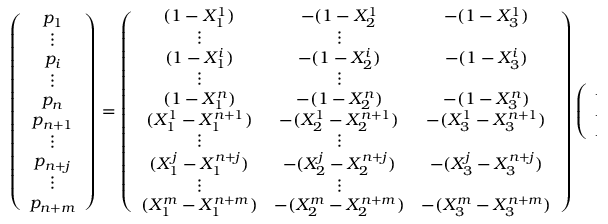
\left( \begin{array} { c } { p _ { 1 } } \\ { \vdots } \\ { p _ { i } } \\ { \vdots } \\ { p _ { n } } \\ { p _ { n + 1 } } \\ { \vdots } \\ { p _ { n + j } } \\ { \vdots } \\ { p _ { n + m } } \end{array} \right) = \left( \begin{array} { c c c } { ( 1 - X _ { 1 } ^ { 1 } ) } & { - ( 1 - X _ { 2 } ^ { 1 } } & { - ( 1 - X _ { 3 } ^ { 1 } ) } \\ { \vdots } & { \vdots } \\ { ( 1 - X _ { 1 } ^ { i } ) } & { - ( 1 - X _ { 2 } ^ { i } ) } & { - ( 1 - X _ { 3 } ^ { i } ) } \\ { \vdots } & { \vdots } \\ { ( 1 - X _ { 1 } ^ { n } ) } & { - ( 1 - X _ { 2 } ^ { n } ) } & { - ( 1 - X _ { 3 } ^ { n } ) } \\ { ( X _ { 1 } ^ { 1 } - X _ { 1 } ^ { n + 1 } ) } & { - ( X _ { 2 } ^ { 1 } - X _ { 2 } ^ { n + 1 } ) } & { - ( X _ { 3 } ^ { 1 } - X _ { 3 } ^ { n + 1 } ) } \\ { \vdots } & { \vdots } \\ { ( X _ { 1 } ^ { j } - X _ { 1 } ^ { n + j } ) } & { - ( X _ { 2 } ^ { j } - X _ { 2 } ^ { n + j } ) } & { - ( X _ { 3 } ^ { j } - X _ { 3 } ^ { n + j } ) } \\ { \vdots } & { \vdots } \\ { ( X _ { 1 } ^ { m } - X _ { 1 } ^ { n + m } ) } & { - ( X _ { 2 } ^ { m } - X _ { 2 } ^ { n + m } ) } & { - ( X _ { 3 } ^ { m } - X _ { 3 } ^ { n + m } ) } \end{array} \right) \left( \begin{array} { c } { A _ { 1 } } \\ { A _ { 2 } } \\ { A _ { 3 } } \end{array} \right)